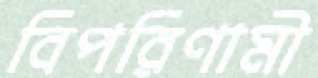
বিপরিণামী